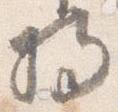
将